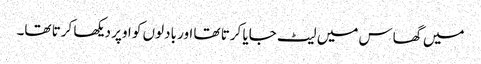
میں گھاس میں لیٹ جایا کرتا تھا اور بادلوں کو اوپر دیکھا کرتا تھا۔